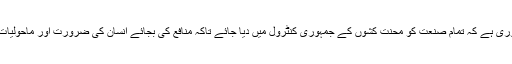
گلوبل وارمنگ پر قابو پانے کے لئے ضروری ہے کہ تمام صنعت کو محنت کشوں کے جمہوری کنٹرول میں دیا جائے تاکہ منافع کی بجائے انسان کی ضرورت اور ماحولیات کی بہتری کے تحت پیداوار کی جا سکے۔